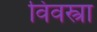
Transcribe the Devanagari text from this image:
विवस्त्रा